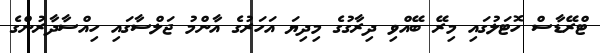
ޓްރޭޑާސް ހޮޓަލުގައި މިރޭ ބޭއްވި ދިރާގުގެ މިދިޔަ އަހަރުގެ އާންމު ޖަލްސާގައި ހިއްސާދާރުންގެ